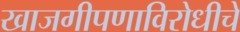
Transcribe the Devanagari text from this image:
खाजगीपणाविरोधीचे